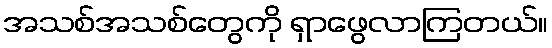
အသစ်အသစ်တွေကို ရှာဖွေလာကြတယ်။